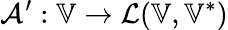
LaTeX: \mathcal{A}^{\prime}:\mathbb{V}\to\mathcal L(\mathbb{V},\mathbb{V}^{*})